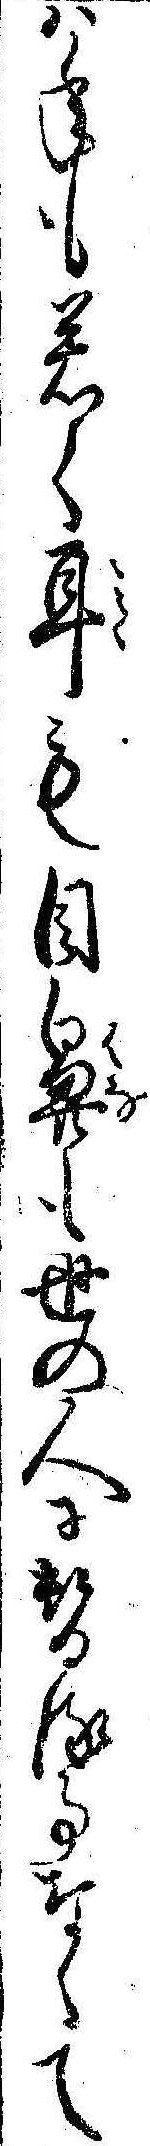
は年も若く耳も目鼻も世の人に替る事なくて